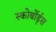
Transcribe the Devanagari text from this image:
स्कोर्बोर्ड्स